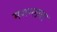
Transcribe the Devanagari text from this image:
मगन्लाल